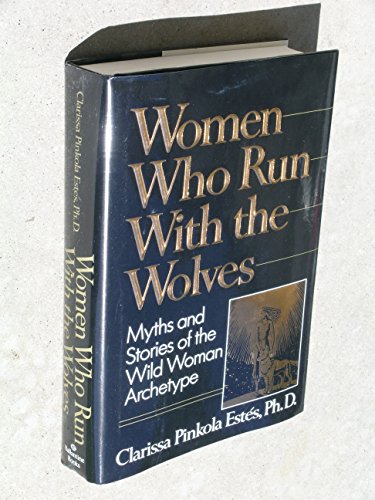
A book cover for Women Who Run With the Wolves: Myths and Stories of the Wild Woman Archetype; Clarissa Pinkola Phd Estes; Politics & Social Sciences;